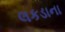
લકડાના